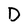
Character: D